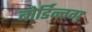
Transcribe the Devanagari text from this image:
बोर्डिन्ग्ग